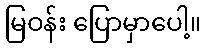
မြဝန်း ပြောမှာပေါ့။